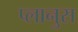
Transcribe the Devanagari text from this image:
प्लानुस